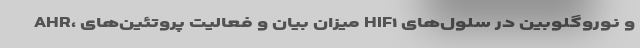
AHR، میزان بیان و فعالیت پروتئین‌های HIF۱ و نوروگلوبین در سلول‌های